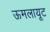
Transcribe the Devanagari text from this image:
ऊमलायूट